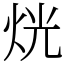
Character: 𤈛